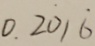
0 . 2 \dot { 0 } 1 \dot { 6 }